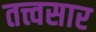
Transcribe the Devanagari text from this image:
तत्त्वसार